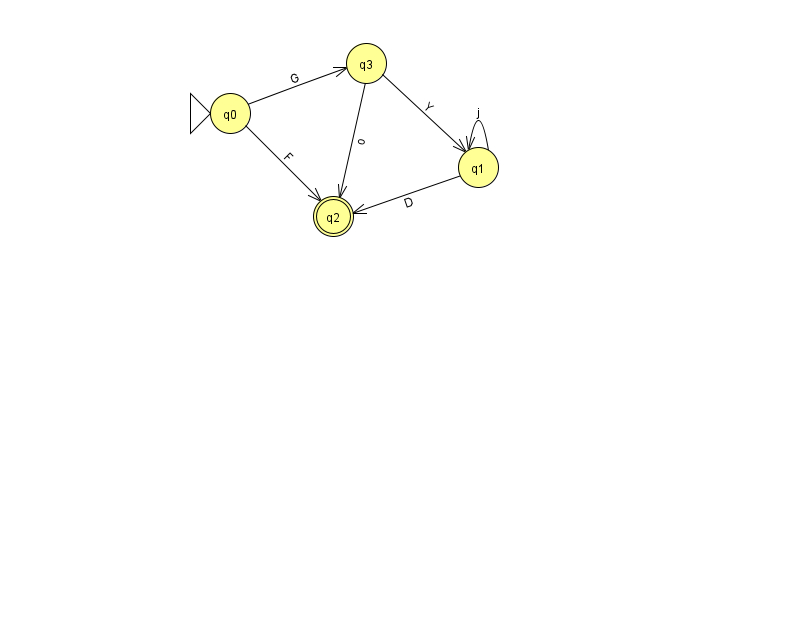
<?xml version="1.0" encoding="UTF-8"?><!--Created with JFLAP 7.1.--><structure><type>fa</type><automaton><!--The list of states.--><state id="0" name="q0"><x>230.0</x><y>100.0</y><initial/></state><state id="1" name="q1"><x>478.0</x><y>154.0</y></state><state id="2" name="q2"><x>333.0</x><y>203.0</y><final/></state><state id="3" name="q3"><x>366.0</x><y>50.0</y></state><!--The list of transitions.--><transition><from>0</from><to>3</to><read>G</read></transition><transition><from>0</from><to>2</to><read>F</read></transition><transition><from>3</from><to>1</to><read>Y</read></transition><transition><from>3</from><to>2</to><read>o</read></transition><transition><from>1</from><to>1</to><read>j</read></transition><transition><from>1</from><to>2</to><read>D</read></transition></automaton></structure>